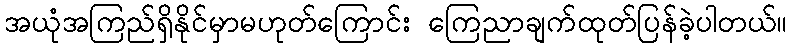
အယုံအကြည်ရှိနိုင်မှာမဟုတ်ကြောင်း ကြေညာချက်ထုတ်ပြန်ခဲ့ပါတယ်။